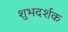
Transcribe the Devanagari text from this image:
शुभदर्शक